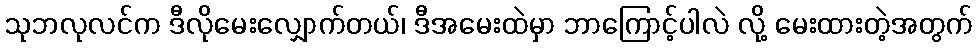
သုဘလုလင်က ဒီလိုမေးလျှောက်တယ်၊ ဒီအမေးထဲမှာ ဘာကြောင့်ပါလဲ လို့ မေးထားတဲ့အတွက်